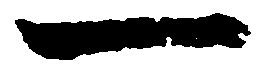
一